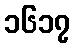
၁၆၁၇